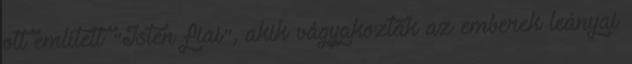
ott említett "Isten fiai", akik vágyakoztak az emberek leányai